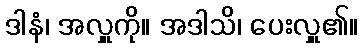
ဒါနံ၊ အလှူကို။ အဒါသိ၊ ပေးလှူ၏။